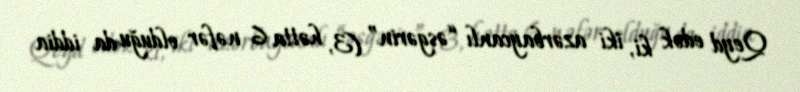
Qeyd edək ki, iki azərbaycanlı “əsgərin” (3, hətta 6 nəfər olduğu da iddia